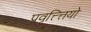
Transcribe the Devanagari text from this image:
प्रवृत्त्त्तियो